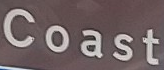
Coast